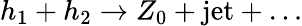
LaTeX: h_{1}+h_{2}\to Z_{0}+\mathrm{jet}+\ldots